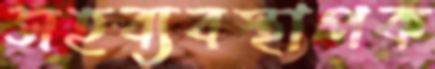
সহব্যবস্থাপক